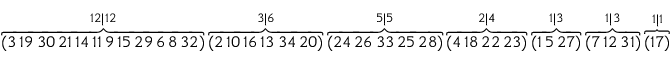
\begin{array} { r } { \overbrace { ( 3 \thinspace 1 9 \thinspace 3 0 \thinspace 2 1 \thinspace 1 4 \thinspace 1 1 \thinspace 9 \thinspace 1 5 \thinspace 2 9 \thinspace 6 \thinspace 8 \thinspace 3 2 ) } ^ { 1 2 | 1 2 } \overbrace { ( 2 \thinspace 1 0 \thinspace 1 6 \thinspace 1 3 \thinspace 3 4 \thinspace 2 0 ) } ^ { 3 | 6 } \overbrace { ( 2 4 \thinspace 2 6 \thinspace 3 3 \thinspace 2 5 \thinspace 2 8 ) } ^ { 5 | 5 } \overbrace { ( 4 \thinspace 1 8 \thinspace 2 2 \thinspace 2 3 ) } ^ { 2 | 4 } \overbrace { ( 1 \thinspace 5 \thinspace 2 7 ) } ^ { 1 | 3 } \overbrace { ( 7 \thinspace 1 2 \thinspace 3 1 ) } ^ { 1 | 3 } \overbrace { ( 1 7 ) } ^ { 1 | 1 } } \end{array}